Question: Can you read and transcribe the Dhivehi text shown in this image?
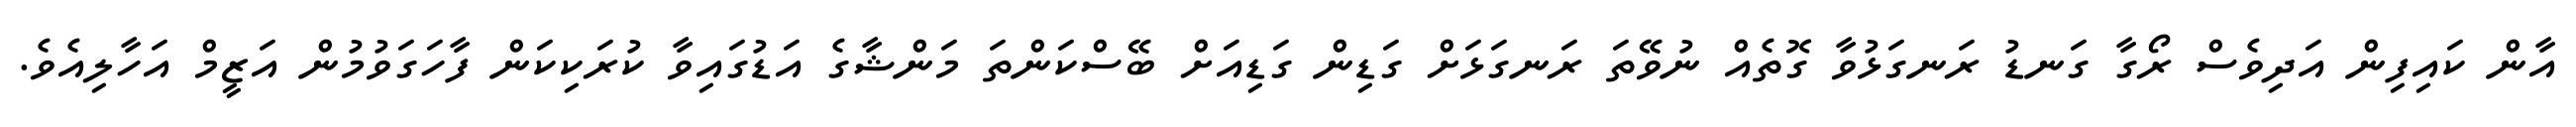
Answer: އާން ކައިފިން އަދިވެސް ރޯގާ ގަނޑު ރަނގަޅުވާ ގޮތެއް ނުވޭތަ ރަނގަޅަށް ގަޑިން ގަޑިއަށް ބޭސްކަންތަ މަންޝާގެ އަޑުގައިވާ ކުރަކިކަން ފާހަގަވުމުން އަޒީމް އަހާލިއެވެ.